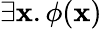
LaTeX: \exists\mathbf{x}.\phi(\mathbf{x})